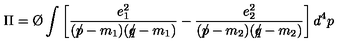
\Pi = \mathrm { \O } \int \left[ { \frac { e _ { 1 } ^ { 2 } } { ( p \! \! \! / - m _ { 1 } ) ( q \! \! \! / - m _ { 1 } ) } } - { \frac { e _ { 2 } ^ { 2 } } { ( p \! \! \! / - m _ { 2 } ) ( q \! \! \! / - m _ { 2 } ) } } \right] d ^ { 4 } p